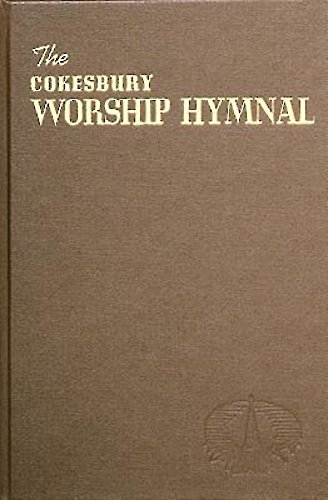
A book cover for The Cokesbury Worship Hymnal; Christian Books & Bibles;